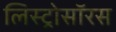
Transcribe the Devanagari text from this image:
लिस्ट्रोसॉरस